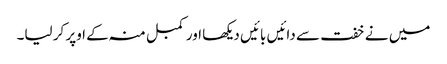
میں نے خفت سے دائیں بائیں دیکھا اور کمبل منہ کے اوپر کر لیا۔